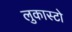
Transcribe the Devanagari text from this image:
लुकास्टो